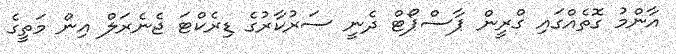
އާންމު ގޮތެއްގައި ގްރީން ޕާސްޕޯޓް ދެނީ ސަރުކާރުގެ ޑިރެކްޓަ ޖެނެރަލް އިން މަތީގެ